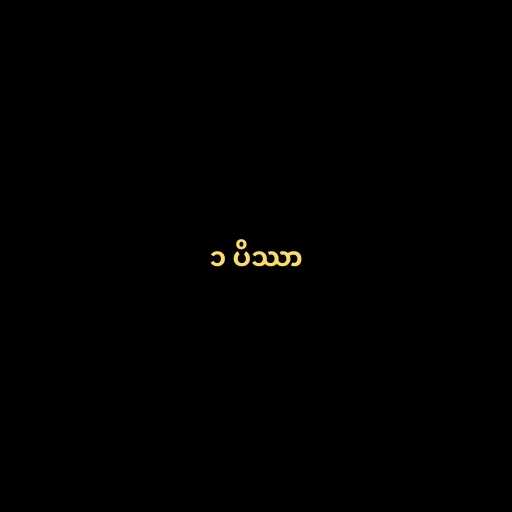
၁ ပိဿာ